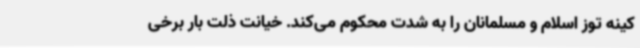
کینه توز اسلام و مسلمانان را به شدت محکوم می‌کند. خیانت ذلت بار برخی